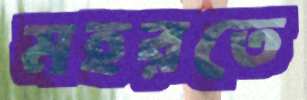
মহরতে